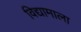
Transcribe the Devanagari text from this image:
विद्यामाला